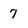
Character: 7